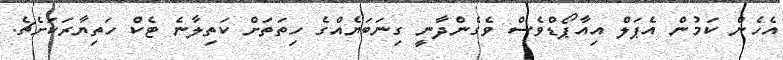
އެހެން ކަމުން އެޕަލް އިއާޕޯޑްވެސް ވެގެންދާނީ ގިނަބަޔެއްގެ ހިތަތަށް ކަތިލާނެ ޓެކް ހަތިޔާރަކަށެޗެ.